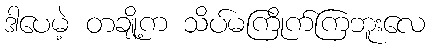
ဒါပေမဲ့ တချို့က သိပ်မကြိုက်ကြဘူးလေ